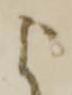
よ